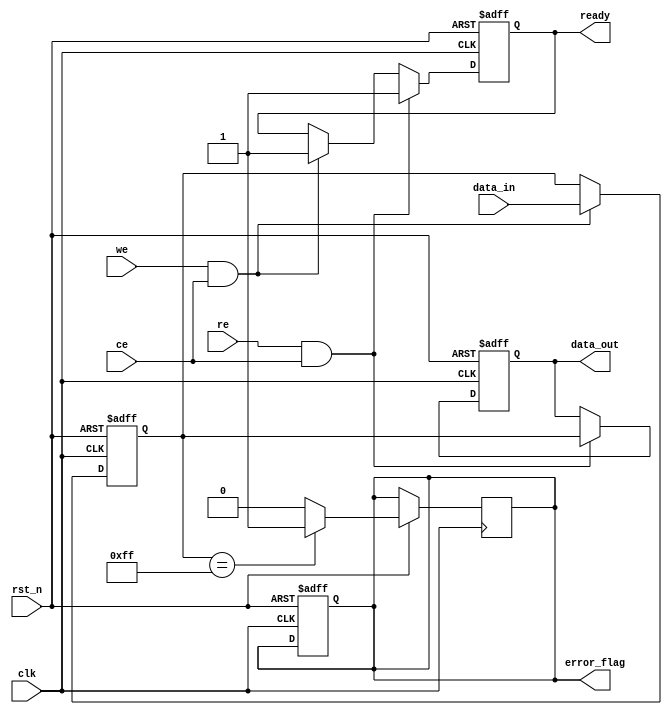
module io_block (
    input wire clk,               // System clock
    input wire rst_n,             // Active low reset
    input wire [7:0] data_in,     // Data input
    output reg [7:0] data_out,     // Data output
    input wire ce,                // Chip Enable
    input wire we,                // Write Enable
    input wire re,                // Read Enable
    output reg ready,             // Ready signal
    output reg error_flag         // Error flag
);

// Internal signals
reg [7:0] data_latch;            // Data latch
reg [1:0] status_reg;            // Status register
reg [1:0] voltage_level;         // Voltage level (1: 1.8V, 2: 3.3V)

// Voltage Level Shifter
always @(posedge clk or negedge rst_n) begin
    if (!rst_n) begin
        voltage_level <= 2'b00; // Default to 0V
    end else begin
        // Example logic for voltage level shifting
        if (ce) begin
            voltage_level <= (data_in[7:0] > 8'h7F) ? 2'b10 : 2'b01; // Set voltage based on data
        end
    end
end

// Data Input/Output Buffers
always @(posedge clk or negedge rst_n) begin
    if (!rst_n) begin
        data_out <= 8'b0;
        data_latch <= 8'b0;
        ready <= 1'b0;
        error_flag <= 1'b0;
    end else begin
        if (we && ce) begin
            data_latch <= data_in; // Latch data on write
            ready <= 1'b1;         // Set ready flag
        end
        if (re && ce) begin
            data_out <= data_latch; // Output data on read
            ready <= 1'b1;           // Set ready flag
        end
    end
end

// Control Signal Interface
always @(posedge clk or negedge rst_n) begin
    if (!rst_n) begin
        status_reg <= 2'b00; // Default status
    end else begin
        // Update status register based on operations
        if (we && ce) begin
            status_reg[0] <= 1'b1; // Busy
        end else if (re && ce) begin
            status_reg[0] <= 1'b0; // Not busy
        end
        // Error detection logic (example)
        if (data_latch == 8'hFF) begin
            error_flag <= 1'b1; // Set error flag if data is invalid
        end else begin
            error_flag <= 1'b0; // Clear error flag
        end
    end
end

endmodule